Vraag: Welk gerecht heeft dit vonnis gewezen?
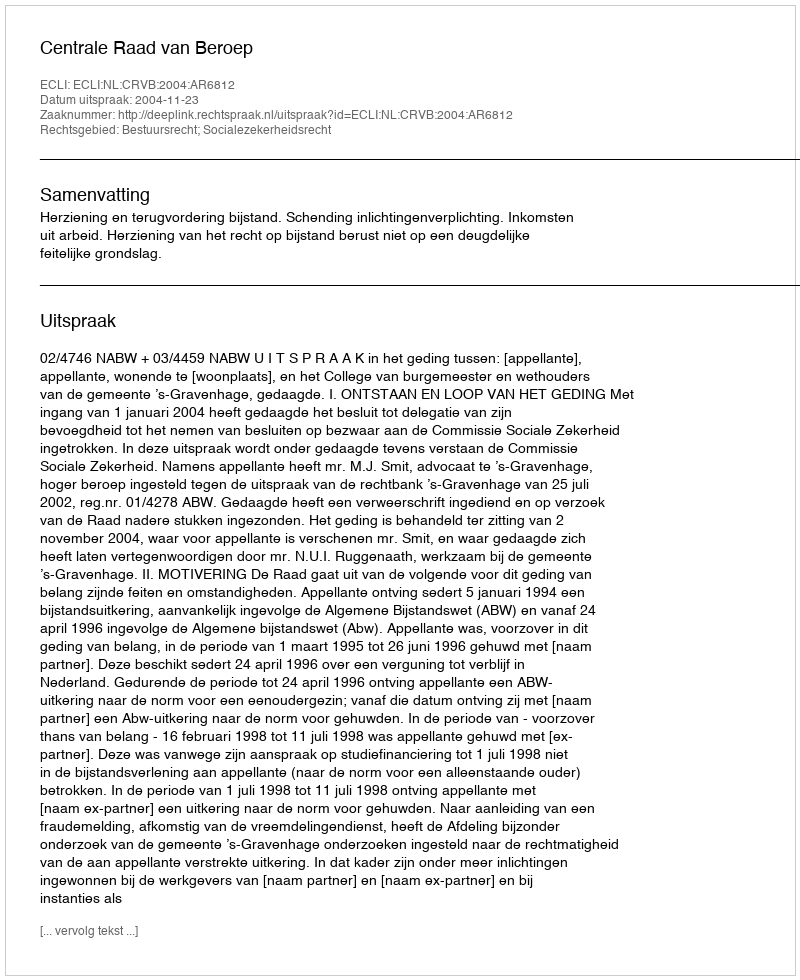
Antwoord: Centrale Raad van Beroep